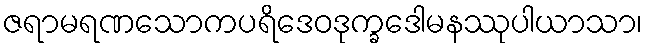
ဇရာမရဏသောကပရိဒေဝဒုက္ခဒေါမနဿုပါယာသာ၊